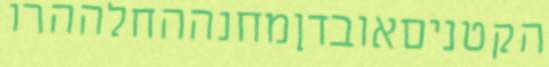
הקטניםאובדןמחנההחלההרו